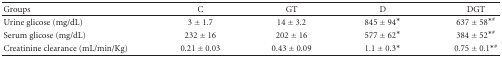
<table><thead><tr><td><b>Groups</b></td><td><b>C</b></td><td><b>GT</b></td><td><b>D</b></td><td><b>DGT</b></td></tr></thead><tbody><tr><td>Urine glicose (mg/dL)</td><td>3 ± 1.7</td><td>14 ± 3.2</td><td>845 ± 94*</td><td>637 ± 58<sup>∗#</sup></td></tr><tr><td>Serum glicose (mg/dL)</td><td>232 ± 16</td><td>202 ± 16</td><td>577 ± 62*</td><td>384 ± 52<sup>∗#</sup></td></tr><tr><td>Creatinine clearance (mL/min/Kg)</td><td>0.21 ± 0.03</td><td>0.43 ± 0.09</td><td>1.1 ± 0.3*</td><td>0.75 ± 0.1<sup>∗#</sup></td></tr></tbody></table>